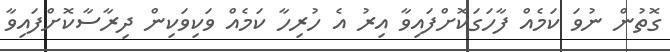
ގޮތުން ނުވަ ކަމެއް ފާހަގަކޮށްފައިވާ އިރު އެ ހުރިހާ ކަމެއް ވަކިވަކިން ދިރާސާކޮށްފައިވާ